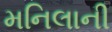
મનિલાની